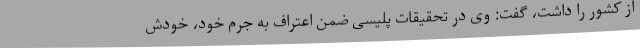
از کشور را داشت، گفت: وی در تحقیقات پلیسی ضمن اعتراف به جرم خود، خودش